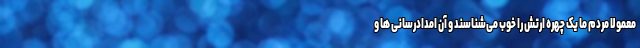
معمولاً مردم ما یک چهره ارتش را خوب می‌شناسند و آن امدادرسانی ها و